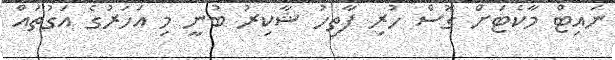
ނައިޓް މާކެޓަށް ގޮސް ހުރި ފާތިހު ޝާކިރު ބުނީ މި އަހަރުގެ އަގުތައް